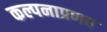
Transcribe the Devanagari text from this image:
कल्पनाप्रणव